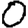
Digit: 0